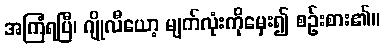
အကြံရပြီ၊ ဂျိုလီယော့ မျက်လုံးကိုမှေး၍ စဉ်းစား၏။